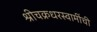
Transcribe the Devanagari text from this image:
श्रीचक्रधरस्वामींची